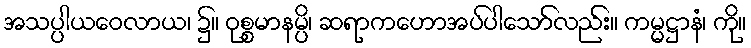
အသပ္ပါယဝေလာယ၊ ၌။ ဝုစ္စမာနမ္ပိ၊ ဆရာကဟောအပ်ပါသော်လည်း။ ကမ္မဋ္ဌာနံ၊ ကို။